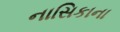
નાસિકાના